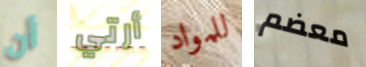
أن أرتي للمواد معضم